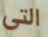
التي